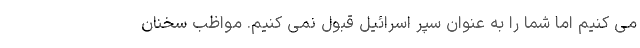
می کنیم اما شما را به عنوان سپر اسرائیل قبول نمی کنیم. مواظب سخنان